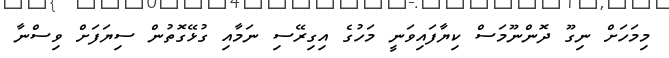
މިމަހަށް ނިގޫ ދޮންނޫމަސް ކިޔާފައިވަނީ މަހުގެ އިގިރޭސި ނަމާއި ގުޅޭގޮތުން ސިޔަފަށް ވިސްނާ